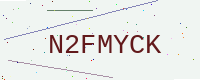
Text: N2FMYCK